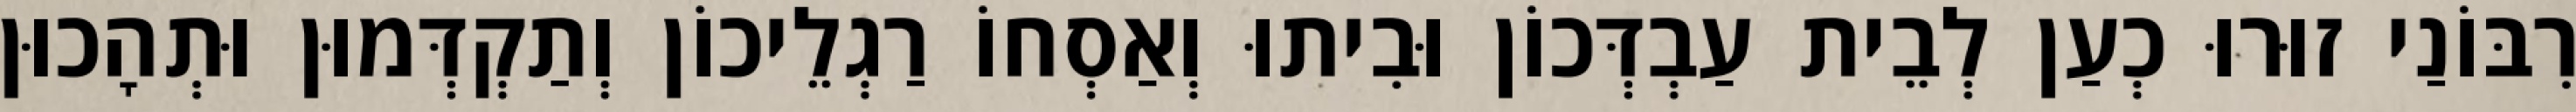
רִבּוֹנַי זוּרוּ כְעַן לְבֵית עַבְדְּכוֹן וּבִיתוּ וְאַסְחוֹ רַגְלֵיכוֹן וְתַקְדְּמוּן וּתְהָכוּן